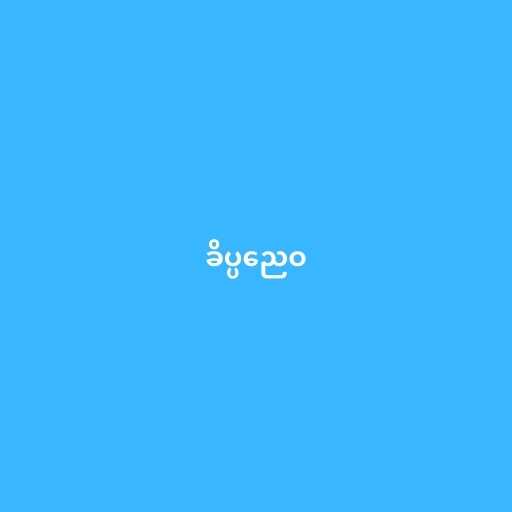
ခိပ္ပညေဝ